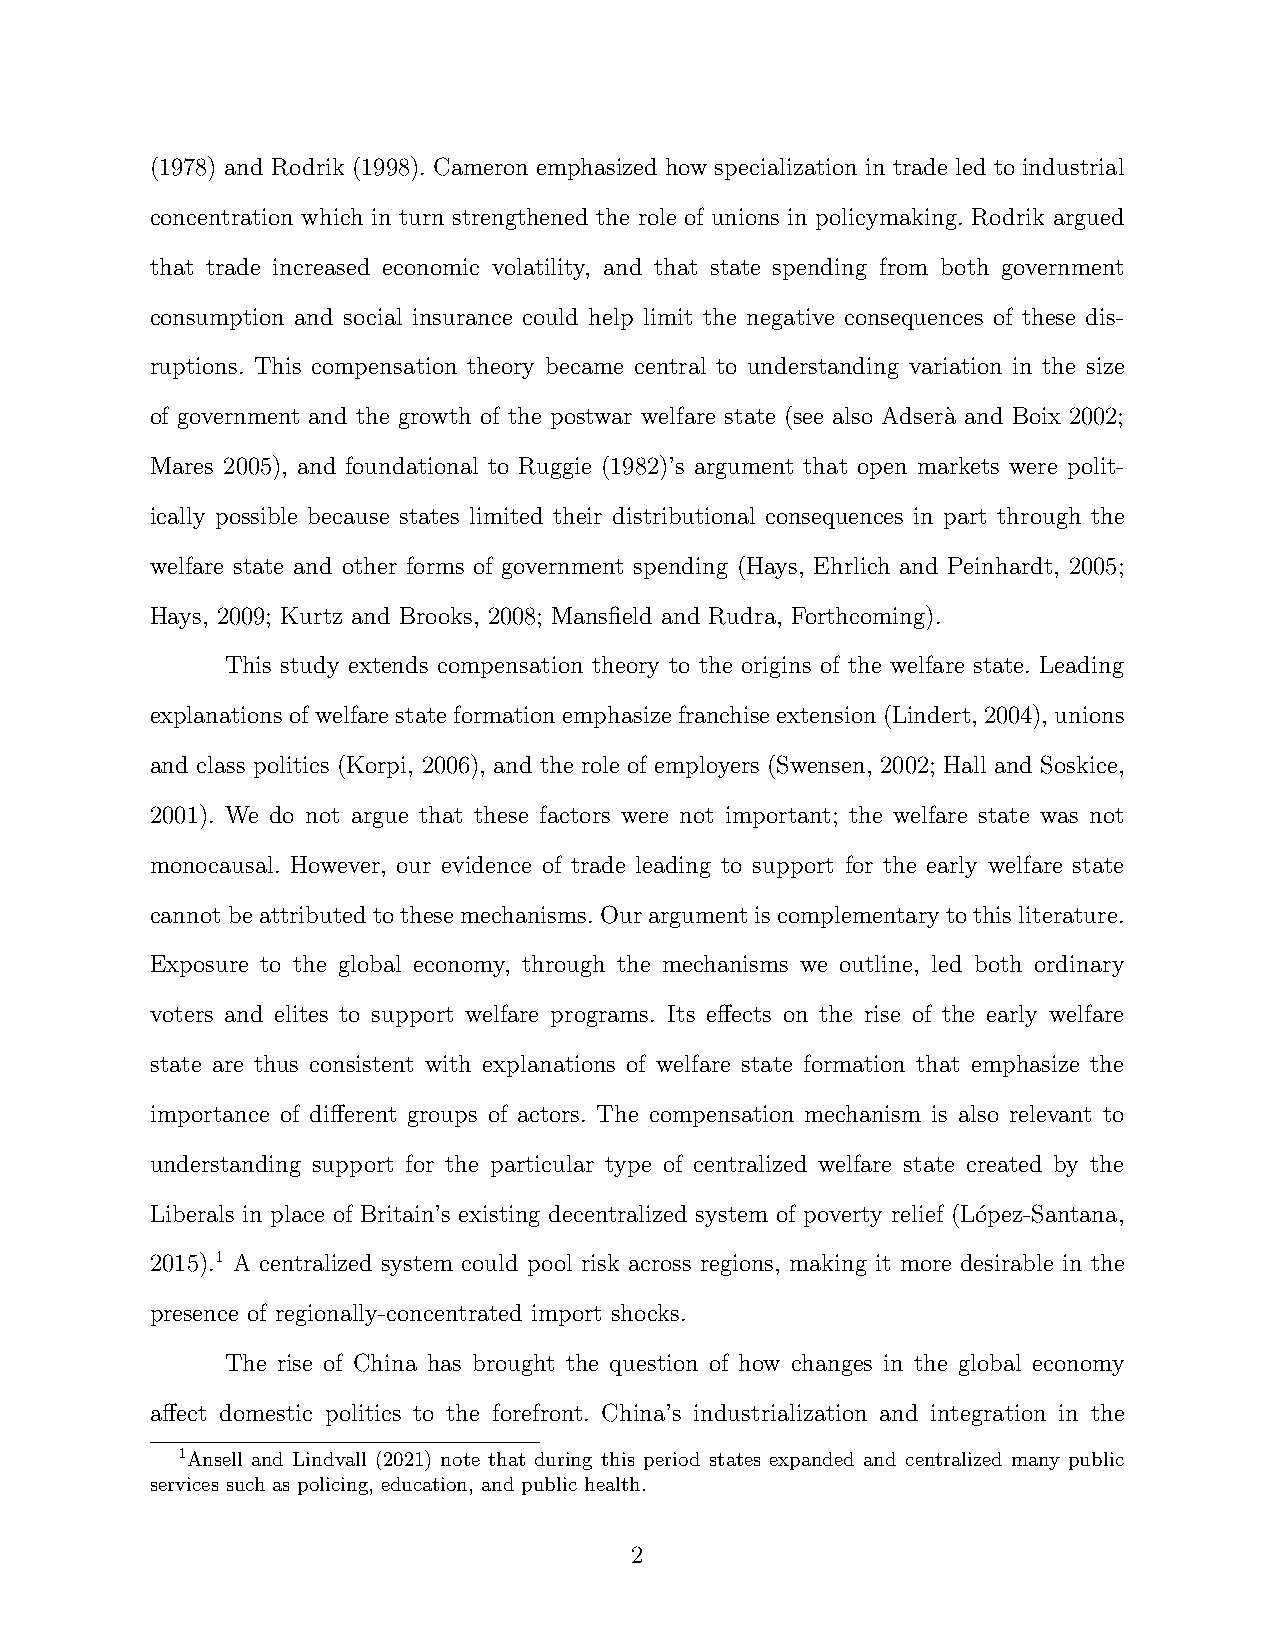
(1978) and Rodrik (1998). Cameron emphasized how specialization in trade led to industrial
 concentration which in turn strengthened the role of unions in policymaking. Rodrik argued
 that trade increased economic volatility, and that state spending from both government
 consumption and social insurance could help limit the negative consequences of these dis-
 ruptions. This compensation theory became central to understanding variation in the size
 of government and the growth of the postwar welfare state (see also Adser`a and Boix 2002;
 Mares 2005), and foundational to Ruggie (1982)’s argument that open markets were polit-
 ically possible because states limited their distributional consequences in part through the
 welfare state and other forms of government spending (Hays, Ehrlich and Peinhardt, 2005;
 Hays, 2009; Kurtz and Brooks, 2008; Mansfield and Rudra, Forthcoming).
 This study extends compensation theory to the origins of the welfare state. Leading
 explanationsofwelfarestateformationemphasizefranchiseextension(Lindert,2004),unions
 and class politics (Korpi, 2006), and the role of employers (Swensen, 2002; Hall and Soskice,
 2001). We do not argue that these factors were not important; the welfare state was not
 monocausal. However, our evidence of trade leading to support for the early welfare state
 cannotbeattributedtothesemechanisms.Ourargumentiscomplementarytothisliterature.
 Exposure to the global economy, through the mechanisms we outline, led both ordinary
 voters and elites to support welfare programs. Its effects on the rise of the early welfare
 state are thus consistent with explanations of welfare state formation that emphasize the
 importance of different groups of actors. The compensation mechanism is also relevant to
 understanding support for the particular type of centralized welfare state created by the
 Liberals in place of Britain’s existing decentralized system of poverty relief (L´opez-Santana,
 2015).1 A centralized system could pool risk across regions, making it more desirable in the
 presence of regionally-concentrated import shocks.
 The rise of China has brought the question of how changes in the global economy
 affect domestic politics to the forefront. China’s industrialization and integration in the
 1Ansell and Lindvall (2021) note that during this period states expanded and centralized many public
 services such as policing, education, and public health.
 2